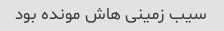
سیب زمینی هاش مونده بود